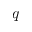
q